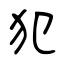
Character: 犯